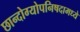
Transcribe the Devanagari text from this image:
छान्दोग्योपनिषदामध्ये